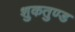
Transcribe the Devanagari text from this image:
शुकतुण्ड